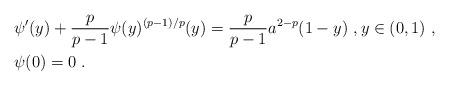
LaTeX: \begin{align*}& \psi'(y) + \frac{p}{p-1} \psi(y)^{(p-1)/p}(y) = \frac{p}{p-1} a^{2-p} (1-y)\ , y\in (0,1)\ , \\& \psi(0) = 0\ . \end{align*}